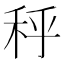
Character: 𰨣